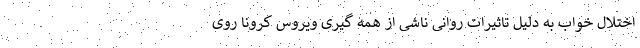
اختلال خواب به دلیل تاثیرات روانی ناشی از همه گیری ویروس کرونا روی